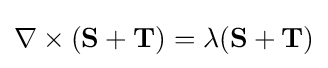
\nabla \times (\mathbf {S} +\mathbf {T} )=\lambda (\mathbf {S} +\mathbf {T} )